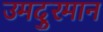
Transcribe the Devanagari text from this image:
उमदुरमान